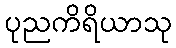
ပုညကိရိယာသု